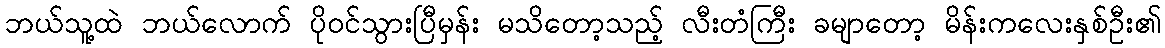
ဘယ်သူ့ထဲ ဘယ်လောက် ပိုဝင်သွားပြီမှန်း မသိတော့သည့် လီးတံကြီး ခမျာတော့ မိန်းကလေးနှစ်ဦး၏